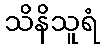
သိနိသူရံ